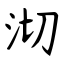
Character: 沏